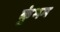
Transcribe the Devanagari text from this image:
कुंभम